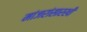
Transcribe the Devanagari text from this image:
मांजरांसारखी